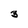
Character: 3